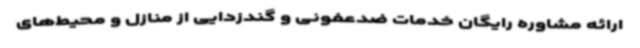
ارائه مشاوره رایگان خدمات ضدعفونی و گندزدایی از منازل و محیط‌های